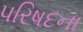
પરિષદના